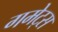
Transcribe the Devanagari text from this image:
गमेट्स